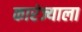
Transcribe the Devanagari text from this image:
कारंज्याला